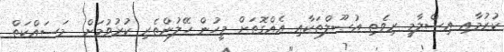
ކުރުމާއި އިސްލާމީ ރިވެތި އުޞޫލްތަކާއި އެއްގޮތަށް މީހުން ހޭލުންތެރި ކުރުވުމަށް  މަސައްކަތް